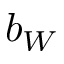
b _ { W }